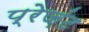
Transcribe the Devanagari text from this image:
प्रेज़ंट